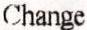
CHANGE